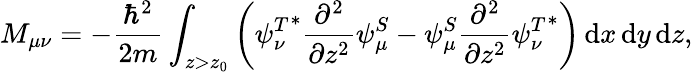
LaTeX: M_{\mu\nu}=-{\frac{\hbar^{2}}{2m}}\int_{z>z_{0}}\left({\psi_{\nu}^{T}}^{*}{\frac{\partial^{2}}{\partial z^{2}}}{\psi_{\mu}^{S}}-{\psi_{\mu}^{S}}{\frac{\partial^{2}}{\partial z^{2}}}{\psi_{\nu}^{T}}^{*}\right)\, \mathrm{d}x\, \mathrm{d}y\, \mathrm{d}z,